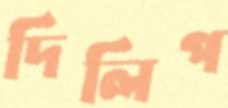
দিলিপ